Leaving Certificate Examination (including Day School Certificate (Higher) General paper), 1930
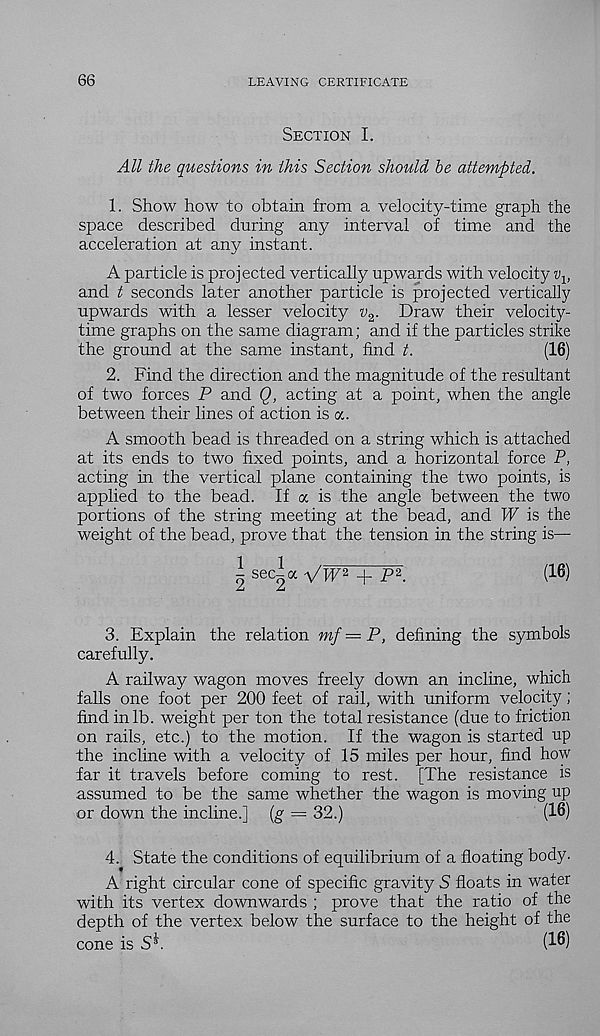
66
LEAVING CERTIFICATE
Section I.
All the questions in this Section should he attempted.
1. Show how to obtain from a velocity-time graph the
space described during any interval of time and the
acceleration at any instant.
A particle is projected vertically upwards with velocity
and t seconds later another particle is projected vertically
upwards with a lesser velocity v z . Draw their velocity-
time graphs on the same diagram; and if the particles strike
the ground at the same instant, find t.
(16)
2. Find the direction and the magnitude of the resultant
of two forces P and Q, acting at a point, when the angle
between their lines of action is a.
A smooth bead is threaded on a string which is attached
at its ends to two fixed points, and a horizontal force P,
acting in the vertical plane containing the two points, is
applied to the bead. If a is the angle between the two
portions of the string meeting at the bead, and W is the
weight of the bead, prove that the tension in the string is—
(16)
3. Explain the relation mf = P, defining the symbols
carefully.
A railway wagon moves freely down an incline, which
falls one foot per 200 feet of rail, with uniform velocity;
find in lb. weight per ton the total resistance (due to friction
on rails, etc.) to the motion. If the wagon is started up
the incline with a velocity of 15 miles per hour, find how
far it travels before coming to rest. [The resistance is
assumed to be the same whether the wagon is moving up
or down the incline.] (g = 32.)
(16)
4. State the conditions of equilibrium of a floating body.
A right circular cone of specific gravity 5 floats in water
with its vertex downwards ; prove that the ratio of the
depth of the vertex below the surface to the height of the
cone is Si
(16)